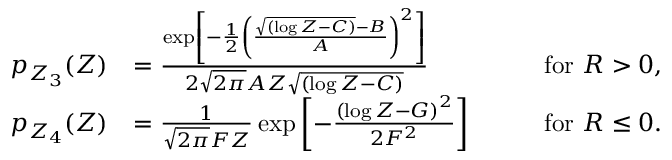
\begin{array} { r l r } { p _ { Z _ { 3 } } ( Z ) } & { = \frac { \exp \left[ - \frac { 1 } { 2 } \left( \frac { \sqrt { ( \log Z - C ) } - B } { A } \right) ^ { 2 } \right] } { 2 \sqrt { 2 \pi } A Z \sqrt { ( \log Z - C ) } } \qquad } & { \mathrm { f o r ~ } R > 0 , } \\ { p _ { Z _ { 4 } } ( Z ) } & { = \frac { 1 } { \sqrt { 2 \pi } F Z } \exp \left[ - \frac { \left( \log Z - G \right) ^ { 2 } } { 2 F ^ { 2 } } \right] \qquad } & { \mathrm { f o r ~ } R \leq 0 . } \end{array}